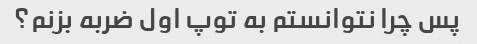
پس چرا نتوانستم به توپ اول ضربه بزنم؟